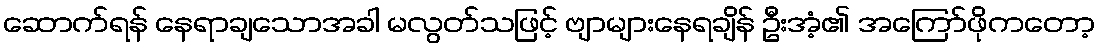
ဆောက်ရန် နေရာချသောအခါ မလွတ်သဖြင့် ဗျာများနေရချိန် ဦးအံ့၏ အကြော်ဖိုကတော့